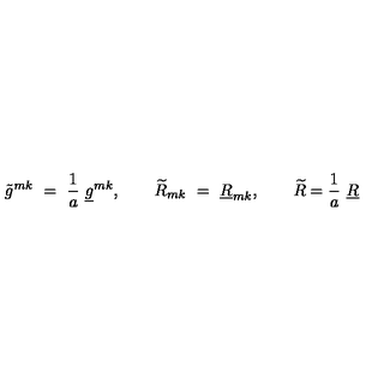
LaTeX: \tilde { g } ^ { m k } \ = \ { \frac { 1 } { a } } \ \underline { { g } } ^ { m k } , \qquad \widetilde { R } _ { m k } \ = \ \underline { { R } } _ { m k } , \qquad \widetilde { R } = { \frac { 1 } { a } } \ \underline { { R } }